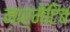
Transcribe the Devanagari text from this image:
नार्मेटिव